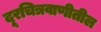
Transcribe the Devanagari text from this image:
दूरचित्रवाणीतील